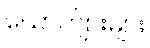
ယောက်ျားများ